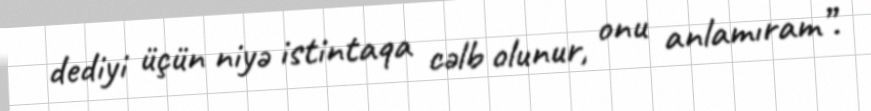
dediyi üçün niyə istintaqa cəlb olunur, onu anlamıram”.